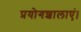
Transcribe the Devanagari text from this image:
प्रयोगशालाएं।